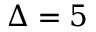
\Delta = 5